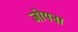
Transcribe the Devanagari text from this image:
जोयना